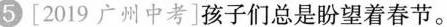
5[2019 广州中考]孩子们总是盼望着春节。